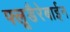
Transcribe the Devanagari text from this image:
फ्लूडैरेबाईन